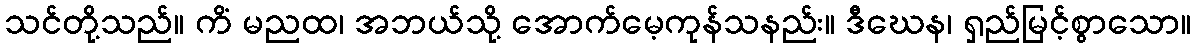
သင်တို့သည်။ ကိံ မညထ၊ အဘယ်သို့ အောက်မေ့ကုန်သနည်း။ ဒီဃေန၊ ရှည်မြင့်စွာသော။